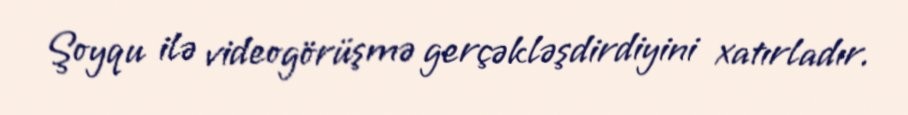
Şoyqu ilə videogörüşmə gerçəkləşdirdiyini xatırladır.